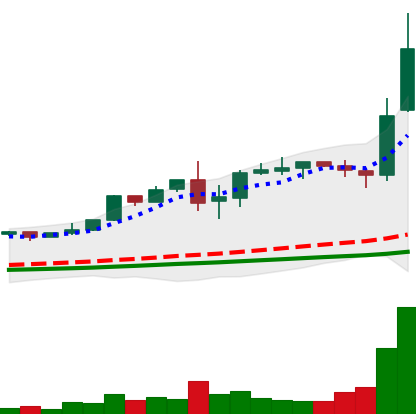
Ticker: LTC-USD
Chart end date: 2017-12-09
Forward return: 79.931%
Label: up_7plus